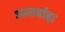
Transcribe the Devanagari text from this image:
अन्तर्बाह्य